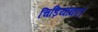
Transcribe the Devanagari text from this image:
चिड़ियाघर।